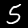
Digit: 5